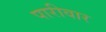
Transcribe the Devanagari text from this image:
पारीवार